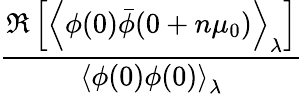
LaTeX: \frac{\Re\left[\left<\phi(0)\bar{\phi}(0+n\mu_{0})\right>_{\lambda}\right]}{\left<\phi(0)\phi(0)\right>_{\lambda}}